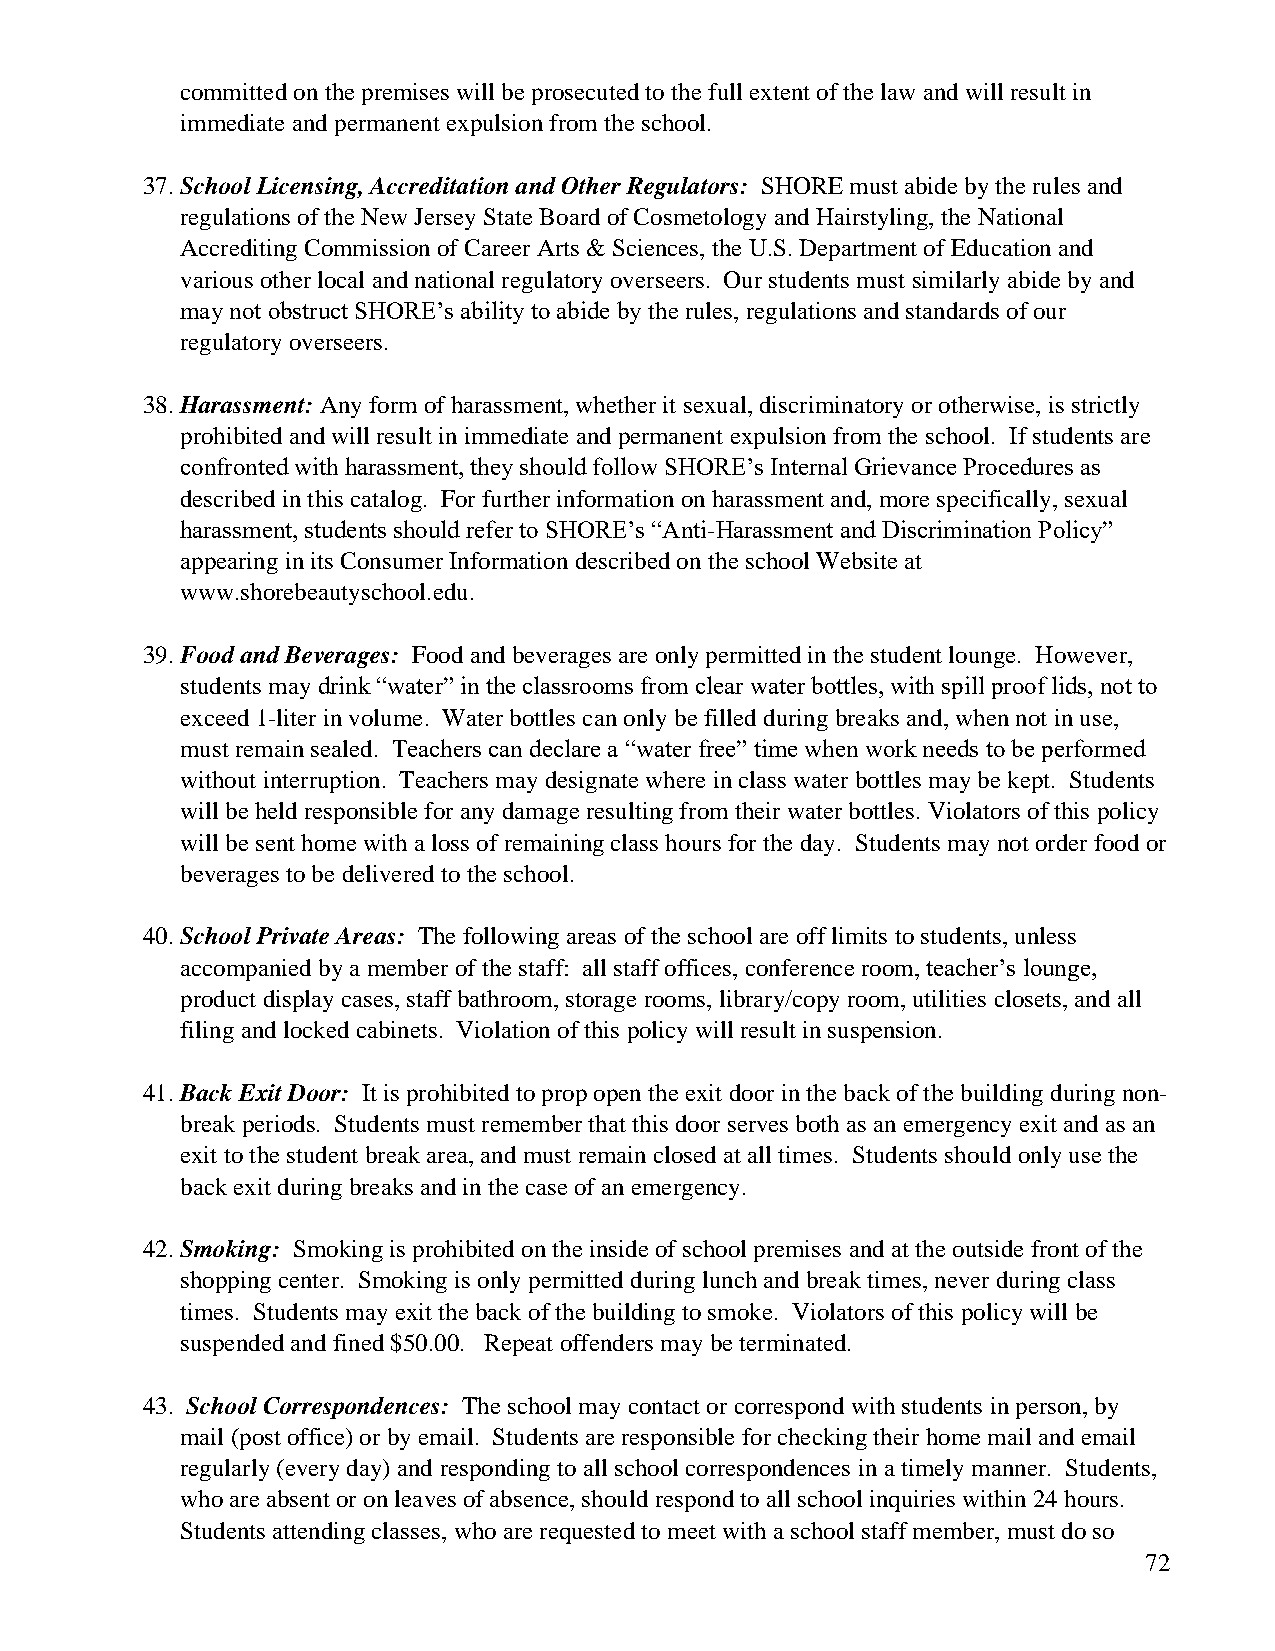
committed on the premises will be prosecuted to the full extent of the law and will result in
 immediate and permanent expulsion from the school.
 37. School Licensing, Accreditation and Other Regulators: SHORE must abide by the rules and
 regulations of the New Jersey State Board of Cosmetology and Hairstyling, the National
 Accrediting Commission of Career Arts & Sciences, the U.S. Department of Education and
 various other local and national regulatory overseers. Our students must similarly abide by and
 may not obstruct SHORE’s ability to abide by the rules, regulations and standards of our
 regulatory overseers.
 38. Harassment: Any form of harassment, whether it sexual, discriminatory or otherwise, is strictly
 prohibited and will result in immediate and permanent expulsion from the school. If students are
 confronted with harassment, they should follow SHORE’s Internal Grievance Procedures as
 described in this catalog. For further information on harassment and, more specifically, sexual
 harassment, students should refer to SHORE’s “Anti-Harassment and Discrimination Policy”
 appearing in its Consumer Information described on the school Website at
 www.shorebeautyschool.edu.
 39. Food and Beverages: Food and beverages are only permitted in the student lounge. However,
 students may drink “water” in the classrooms from clear water bottles, with spill proof lids, not to
 exceed 1-liter in volume. Water bottles can only be filled during breaks and, when not in use,
 must remain sealed. Teachers can declare a “water free” time when work needs to be performed
 without interruption. Teachers may designate where in class water bottles may be kept. Students
 will be held responsible for any damage resulting from their water bottles. Violators of this policy
 will be sent home with a loss of remaining class hours for the day. Students may not order food or
 beverages to be delivered to the school.
 40. School Private Areas: The following areas of the school are off limits to students, unless
 accompanied by a member of the staff: all staff offices, conference room, teacher’s lounge,
 product display cases, staff bathroom, storage rooms, library/copy room, utilities closets, and all
 filing and locked cabinets. Violation of this policy will result in suspension.
 41. Back Exit Door: It is prohibited to prop open the exit door in the back of the building during non-
 break periods. Students must remember that this door serves both as an emergency exit and as an
 exit to the student break area, and must remain closed at all times. Students should only use the
 back exit during breaks and in the case of an emergency.
 42. Smoking: Smoking is prohibited on the inside of school premises and at the outside front of the
 shopping center. Smoking is only permitted during lunch and break times, never during class
 times. Students may exit the back of the building to smoke. Violators of this policy will be
 suspended and fined $50.00. Repeat offenders may be terminated.
 43. School Correspondences: The school may contact or correspond with students in person, by
 mail (post office) or by email. Students are responsible for checking their home mail and email
 regularly (every day) and responding to all school correspondences in a timely manner. Students,
 who are absent or on leaves of absence, should respond to all school inquiries within 24 hours.
 Students attending classes, who are requested to meet with a school staff member, must do so
 72